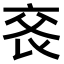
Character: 𠅕